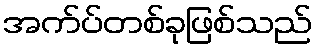
အက်ပ်တစ်ခုဖြစ်သည်